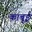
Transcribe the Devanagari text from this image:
काबूई